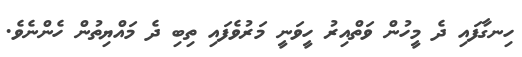
ހިނގާފައި ދެ މީހުން ވަތްއިރު ހީވަނީ މަރުވެފައި ތިބި ދެ މައްޔިތުން ހެންނެވެ.